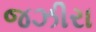
જઝીરા